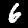
Digit: 6